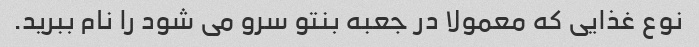
نوع غذایی که معمولا در جعبه بنتو سرو می شود را نام ببرید.